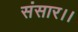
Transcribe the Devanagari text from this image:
संसार।।